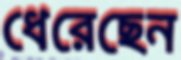
ধেরেছেন